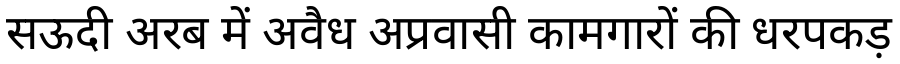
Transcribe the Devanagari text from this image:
सऊदी अरब में अवैध अप्रवासी कामगारों की धरपकड़